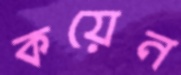
কয়েন